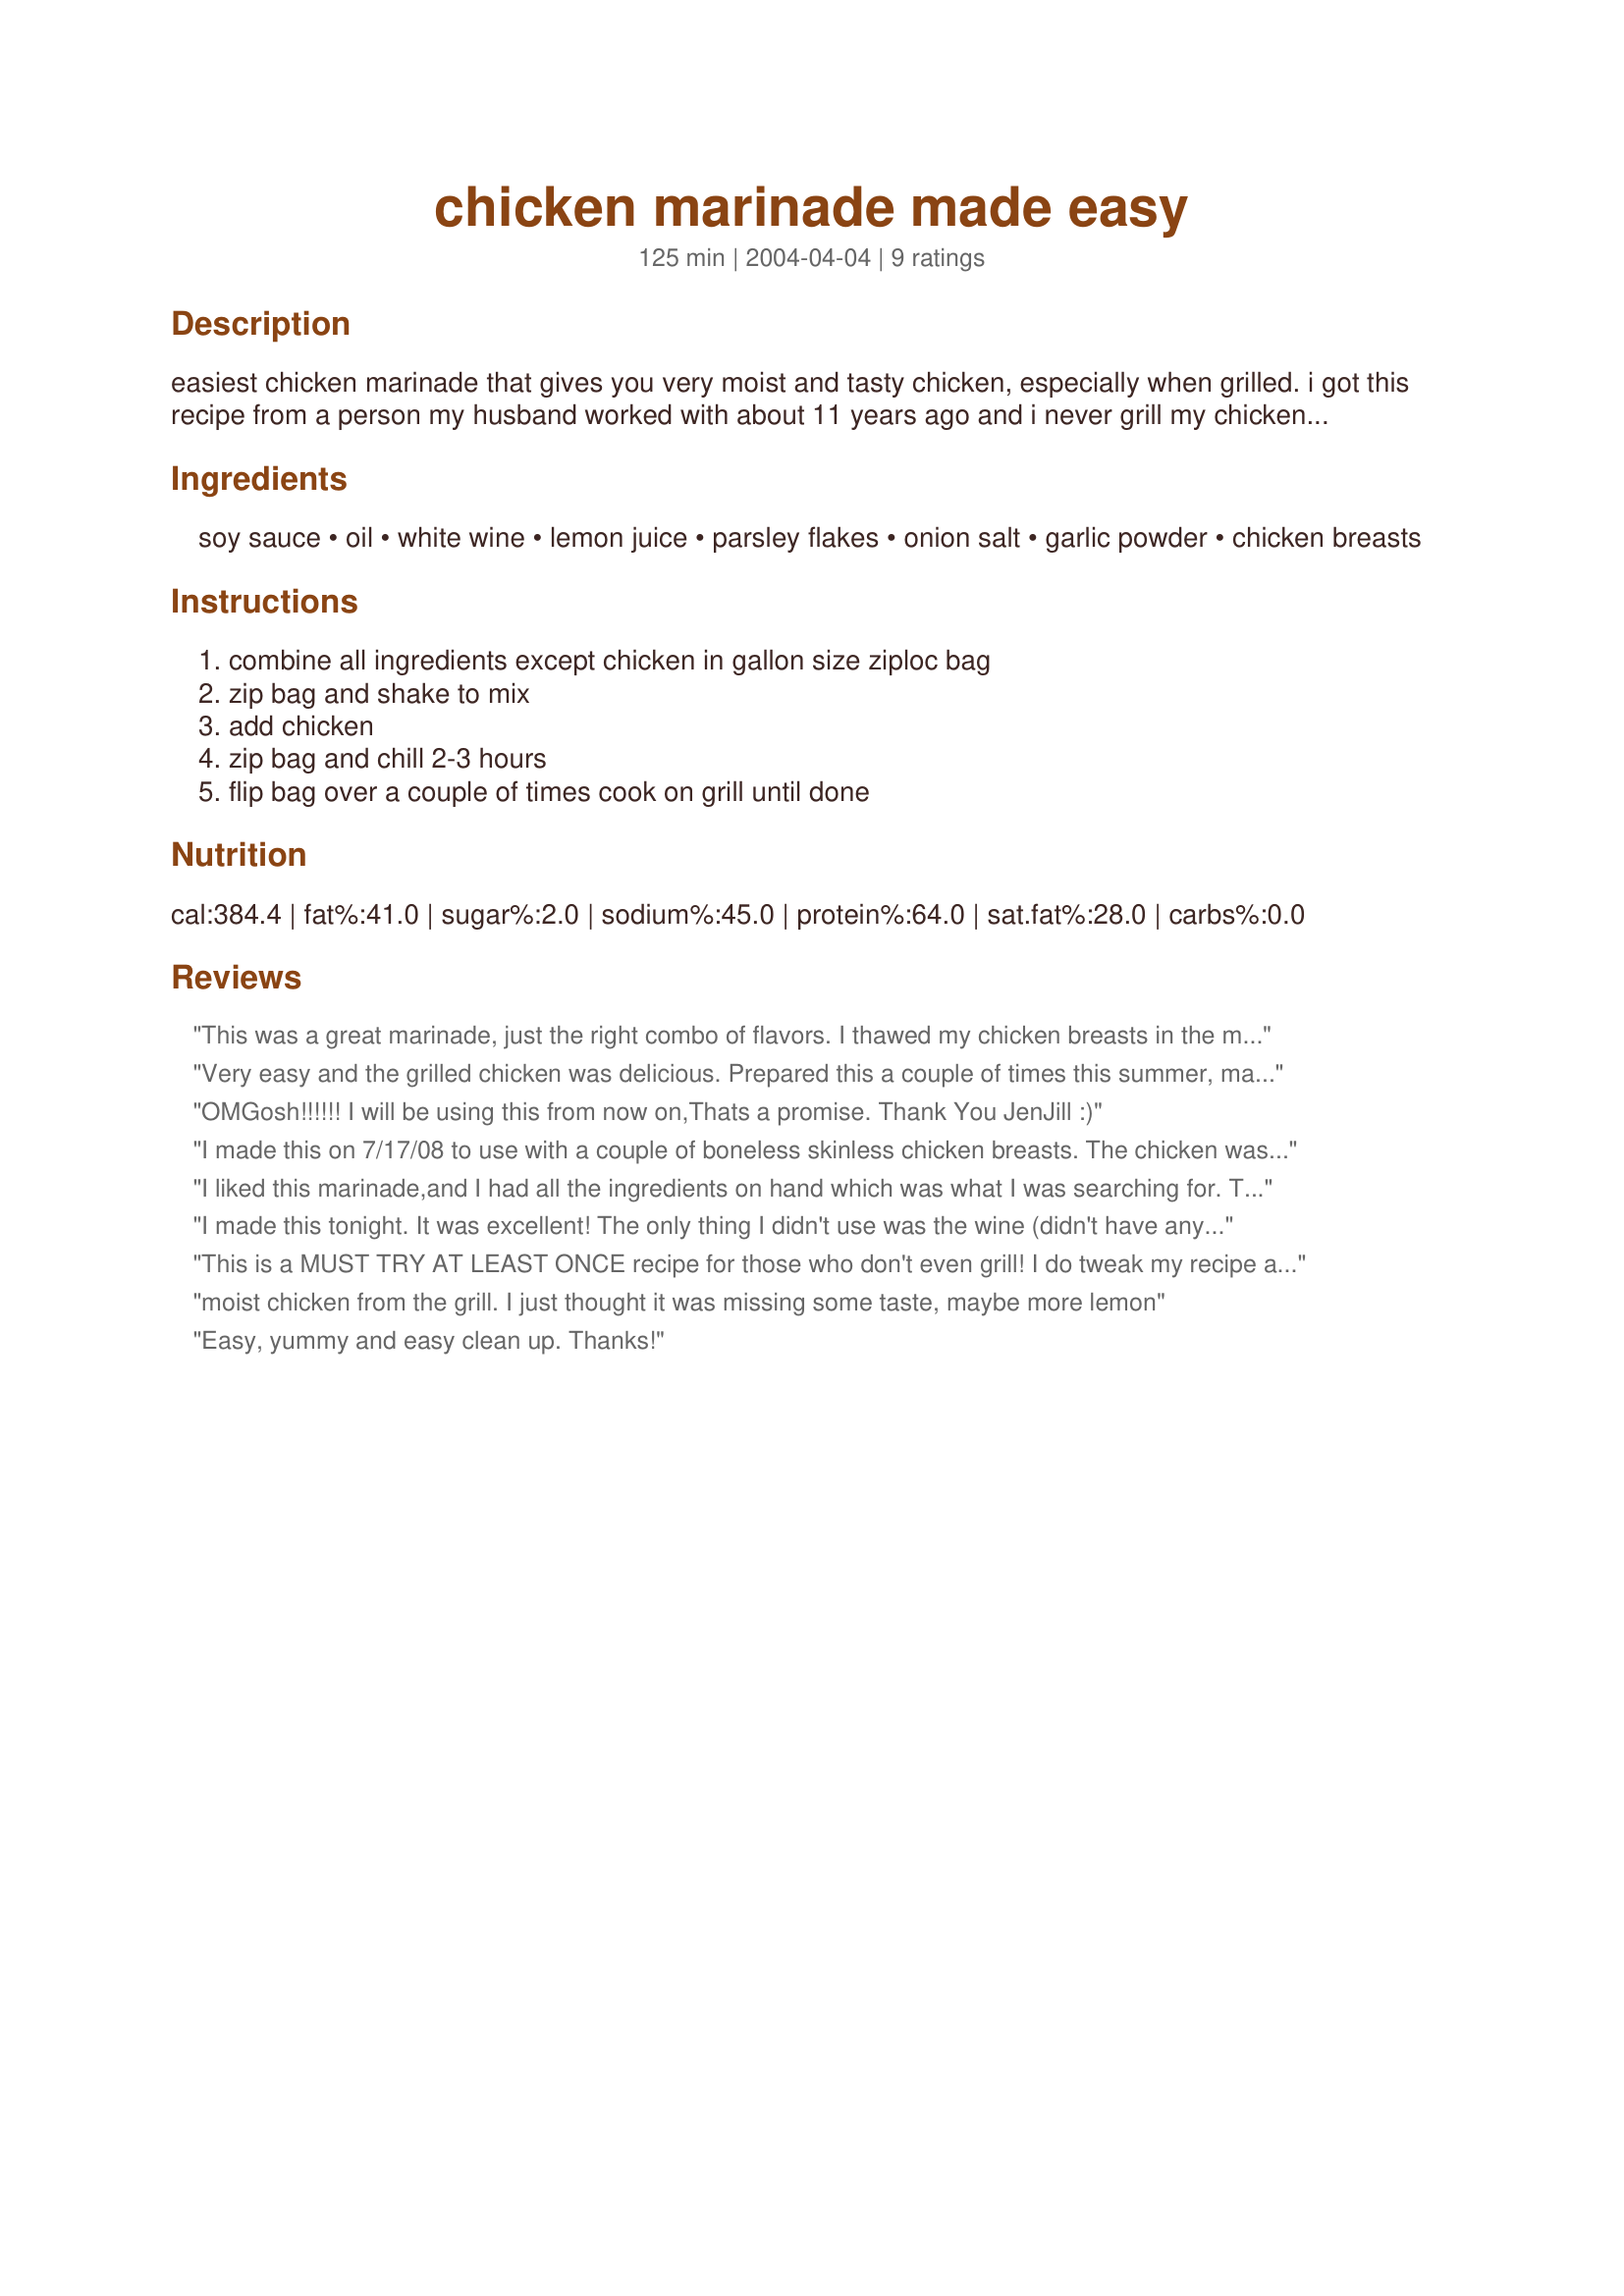
chicken marinade made easy
Preparation time: 125 minutes

easiest chicken marinade that gives you very moist and tasty chicken, especially when grilled. i got this recipe from a person my husband worked with about 11 years ago and i never grill my chicken any other way. cook time includes marinating time.

Ingredients:
soy sauce, oil, white wine, lemon juice, parsley flakes, onion salt, garlic powder, chicken breasts

Steps:
combine all ingredients except chicken in gallon size ziploc bag, zip bag and shake to mix, add chicken, zip bag and chill 2-3 hours, flip bag over a couple of times cook on grill until done

Reviews:
This was a great marinade, just the right combo of flavors. I thawed my chicken breasts in the microwave, and then put them stil slightly frozen (my microwave never fully thaws anything) into the zip bag with the marinade and let it finish thawing in the fridge, then grilled. So juicy and yummy, thanks for sharing!
Very easy and the grilled chicken was delicious. Prepared this a couple of times this summer, making extra to have for sandwiches and salads. Thanks.
OMGosh!!!!!! I will be using this from now on,Thats a promise.
 Thank You JenJill :)
I made this on 7/17/08 to use with a couple of boneless skinless chicken breasts. The chicken was marinated for 6 hours to let the flavors meld.Since we don't have a grill, I put them under the broiler for about 6 to 8 minutes minutes on each side. And all I can tell you is, they came out so juicy and tender.My SO doen't like chicken breast meat,but he said these were really good. this will be made again. Thank you for posting and, "Keep Smiling :)"
I liked this marinade,and I had all the ingredients on hand which was what I was searching for.
Thanks
I made this tonight. It was excellent! The only thing I didn't use was the wine (didn't have any).<br/>We cooked on the grill and I can't wait to make it again! Thanks for sharing.
This is a MUST TRY AT LEAST ONCE recipe for those who don't even grill! 

I do tweak my recipe a bit though in omitting the white wine (sodium content) and use lime juice instead of lemon, onion powder instead of salt (again sodium - soy sauce adds enough) and do leave in fridge over night to marinade.

Thanks for posting! This is such an easy and soooo delish that I too won't grill chicken any other way either!
moist chicken from the grill. I just thought it was missing some taste, maybe more lemon
Easy, yummy and easy clean up.

Thanks!
